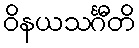
ဝိနယသင်္ဂီတိ